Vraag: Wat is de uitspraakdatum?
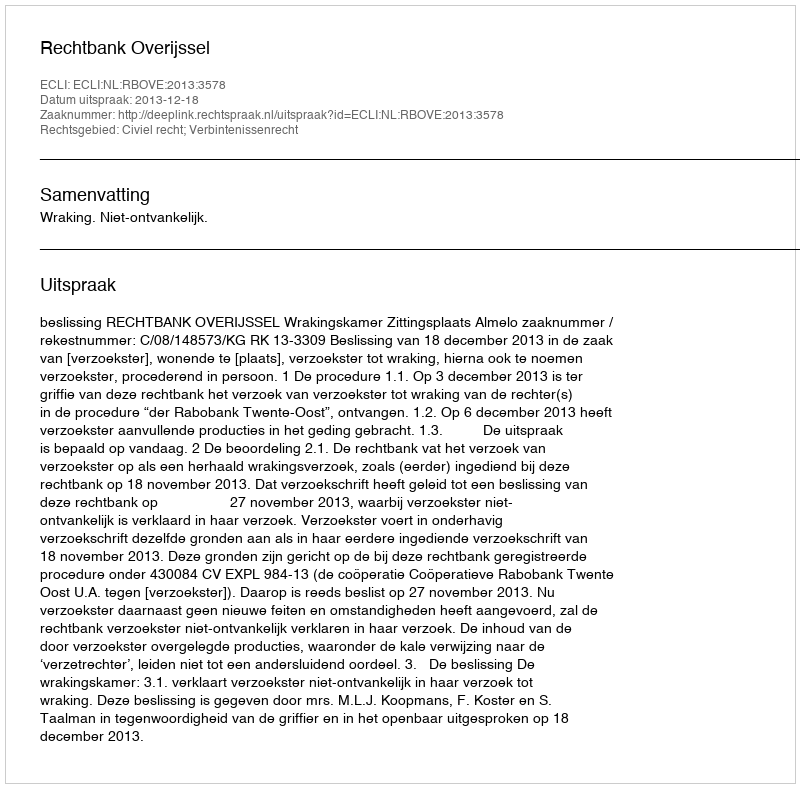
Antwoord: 2013-12-18